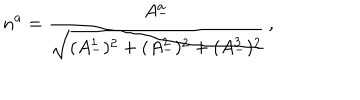
n ^ { a } = \frac { A _ { - } ^ { a } } { \sqrt { ( A _ { - } ^ { 1 } ) ^ { 2 } + ( A _ { - } ^ { 2 } ) ^ { 2 } + ( A _ { - } ^ { 3 } ) ^ { 2 } } } \, ,